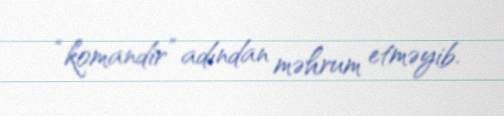
“komandir” adından məhrum etməyib.